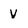
Character: V